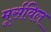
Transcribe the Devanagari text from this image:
मूर्सविल